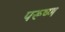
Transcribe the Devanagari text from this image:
परूष्ण